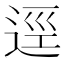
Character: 逕